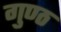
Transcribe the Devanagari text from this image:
गुण्ठ